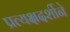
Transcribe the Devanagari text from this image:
प्रत्यक्षदर्शीने